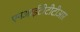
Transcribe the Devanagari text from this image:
एनआईटीटीटीआर